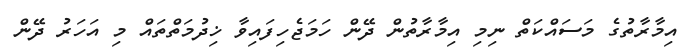
އިމާރާތުގެ މަސައްކަތް ނިމި އިމާރާތުން ދޭން ހަމަޖެހިފައިވާ ޚިދުމަތްތައް މި އަހަރު ދޭން